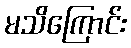
မသိကြောင်း